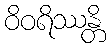
ဝိဝရိဿန္တိ